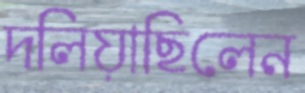
দলিয়াছিলেন